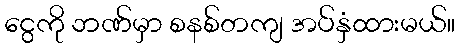
ငွေကို ဘဏ်မှာ စနစ်တကျ အပ်နှံထားမယ်။